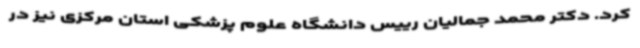
کرد. دکتر محمد جمالیان رییس دانشگاه علوم پزشکی استان مرکزی نیز در